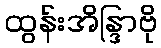
ထွန်းအိန္ဒြာဗို